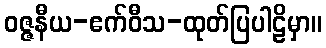
ဝဇ္ဇနီယ-ဧက်ဝီသ-ထုတ်ပြပါဠိမှာ။